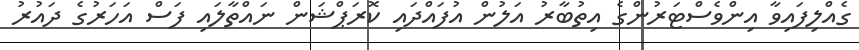
ގެއްލިފައިވާ އިންވެސްޓަރުންގެ އިތުބާރު އަލުން އުފައްދައި ކޮރަޕްޝަން ނައްތާލައި ފަސް އަހަރުގެ ދައުރު